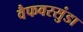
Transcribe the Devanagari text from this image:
वैफवरसुंडा